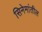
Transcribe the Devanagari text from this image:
सिनेमांतील